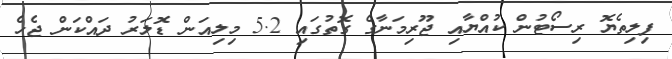
ފިލިތެޔޮ ރިސޯޓުން ކުއްޔާއި ޖޫރިމަނާގެ ގޮތުގައި 5.2 މިލިއަން ޑޮލަރު ދައްކަން ޖެހެ